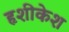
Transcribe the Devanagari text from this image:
हृशीकेश